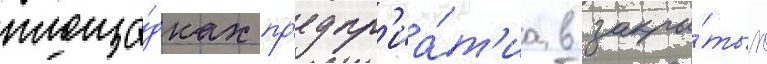
площа́дках пр'едпр'иа́т'иа в закры́тых